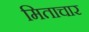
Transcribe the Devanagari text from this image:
मिताचार